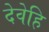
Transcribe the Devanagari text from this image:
देवेहि